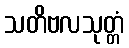
သတိဗလသုတ္တံ